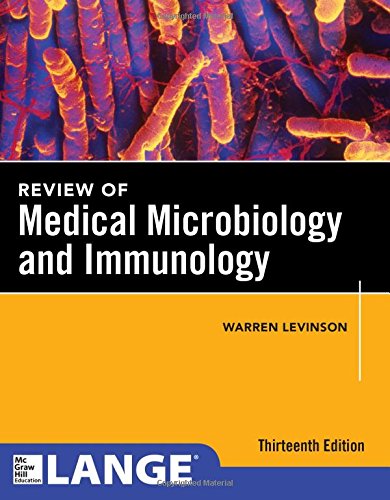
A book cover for Review of Medical Microbiology and Immunology (Lange Medical Books); Warren Levinson; Medical Books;